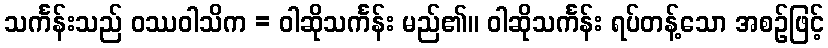
သင်္ကန်းသည် ဝဿဝါသိက = ဝါဆိုသင်္ကန်း မည်၏။ ဝါဆိုသင်္ကန်း ရပ်တန့်သော အစဉ်ဖြင့်